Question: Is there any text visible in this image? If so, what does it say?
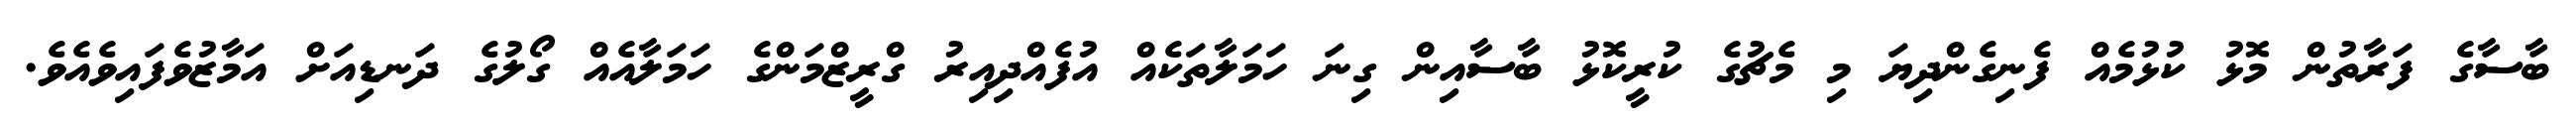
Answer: ބާސާގެ ފަރާތުން މޮޅު ކުޅުމެއް ފެނިގެންދިޔަ މި މެޗުގެ ކުރީކޮޅު ބާސާއިން ގިނަ ހަމަލާތަކެއް އުފެއްދިއިރު ގްރީޒްމަންގެ ހަމަލާއެއް ގޯލުގެ ދަނޑިއަށް އަމާޒުވެފައިވެއެވެ.